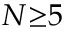
N { \ge } 5